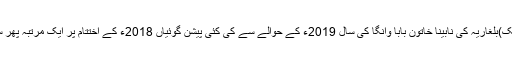
اسلام آباد(مانیٹرنگ ڈیسک)بلغاریہ کی نابینا خاتون بابا وانگا کی سال 2019ء کے حوالے سے کی کئی پیشن گوئیاں 2018ء کے اختتام پر ایک مرتبہ پھر سے زیر بحث آ گئی ہیں۔